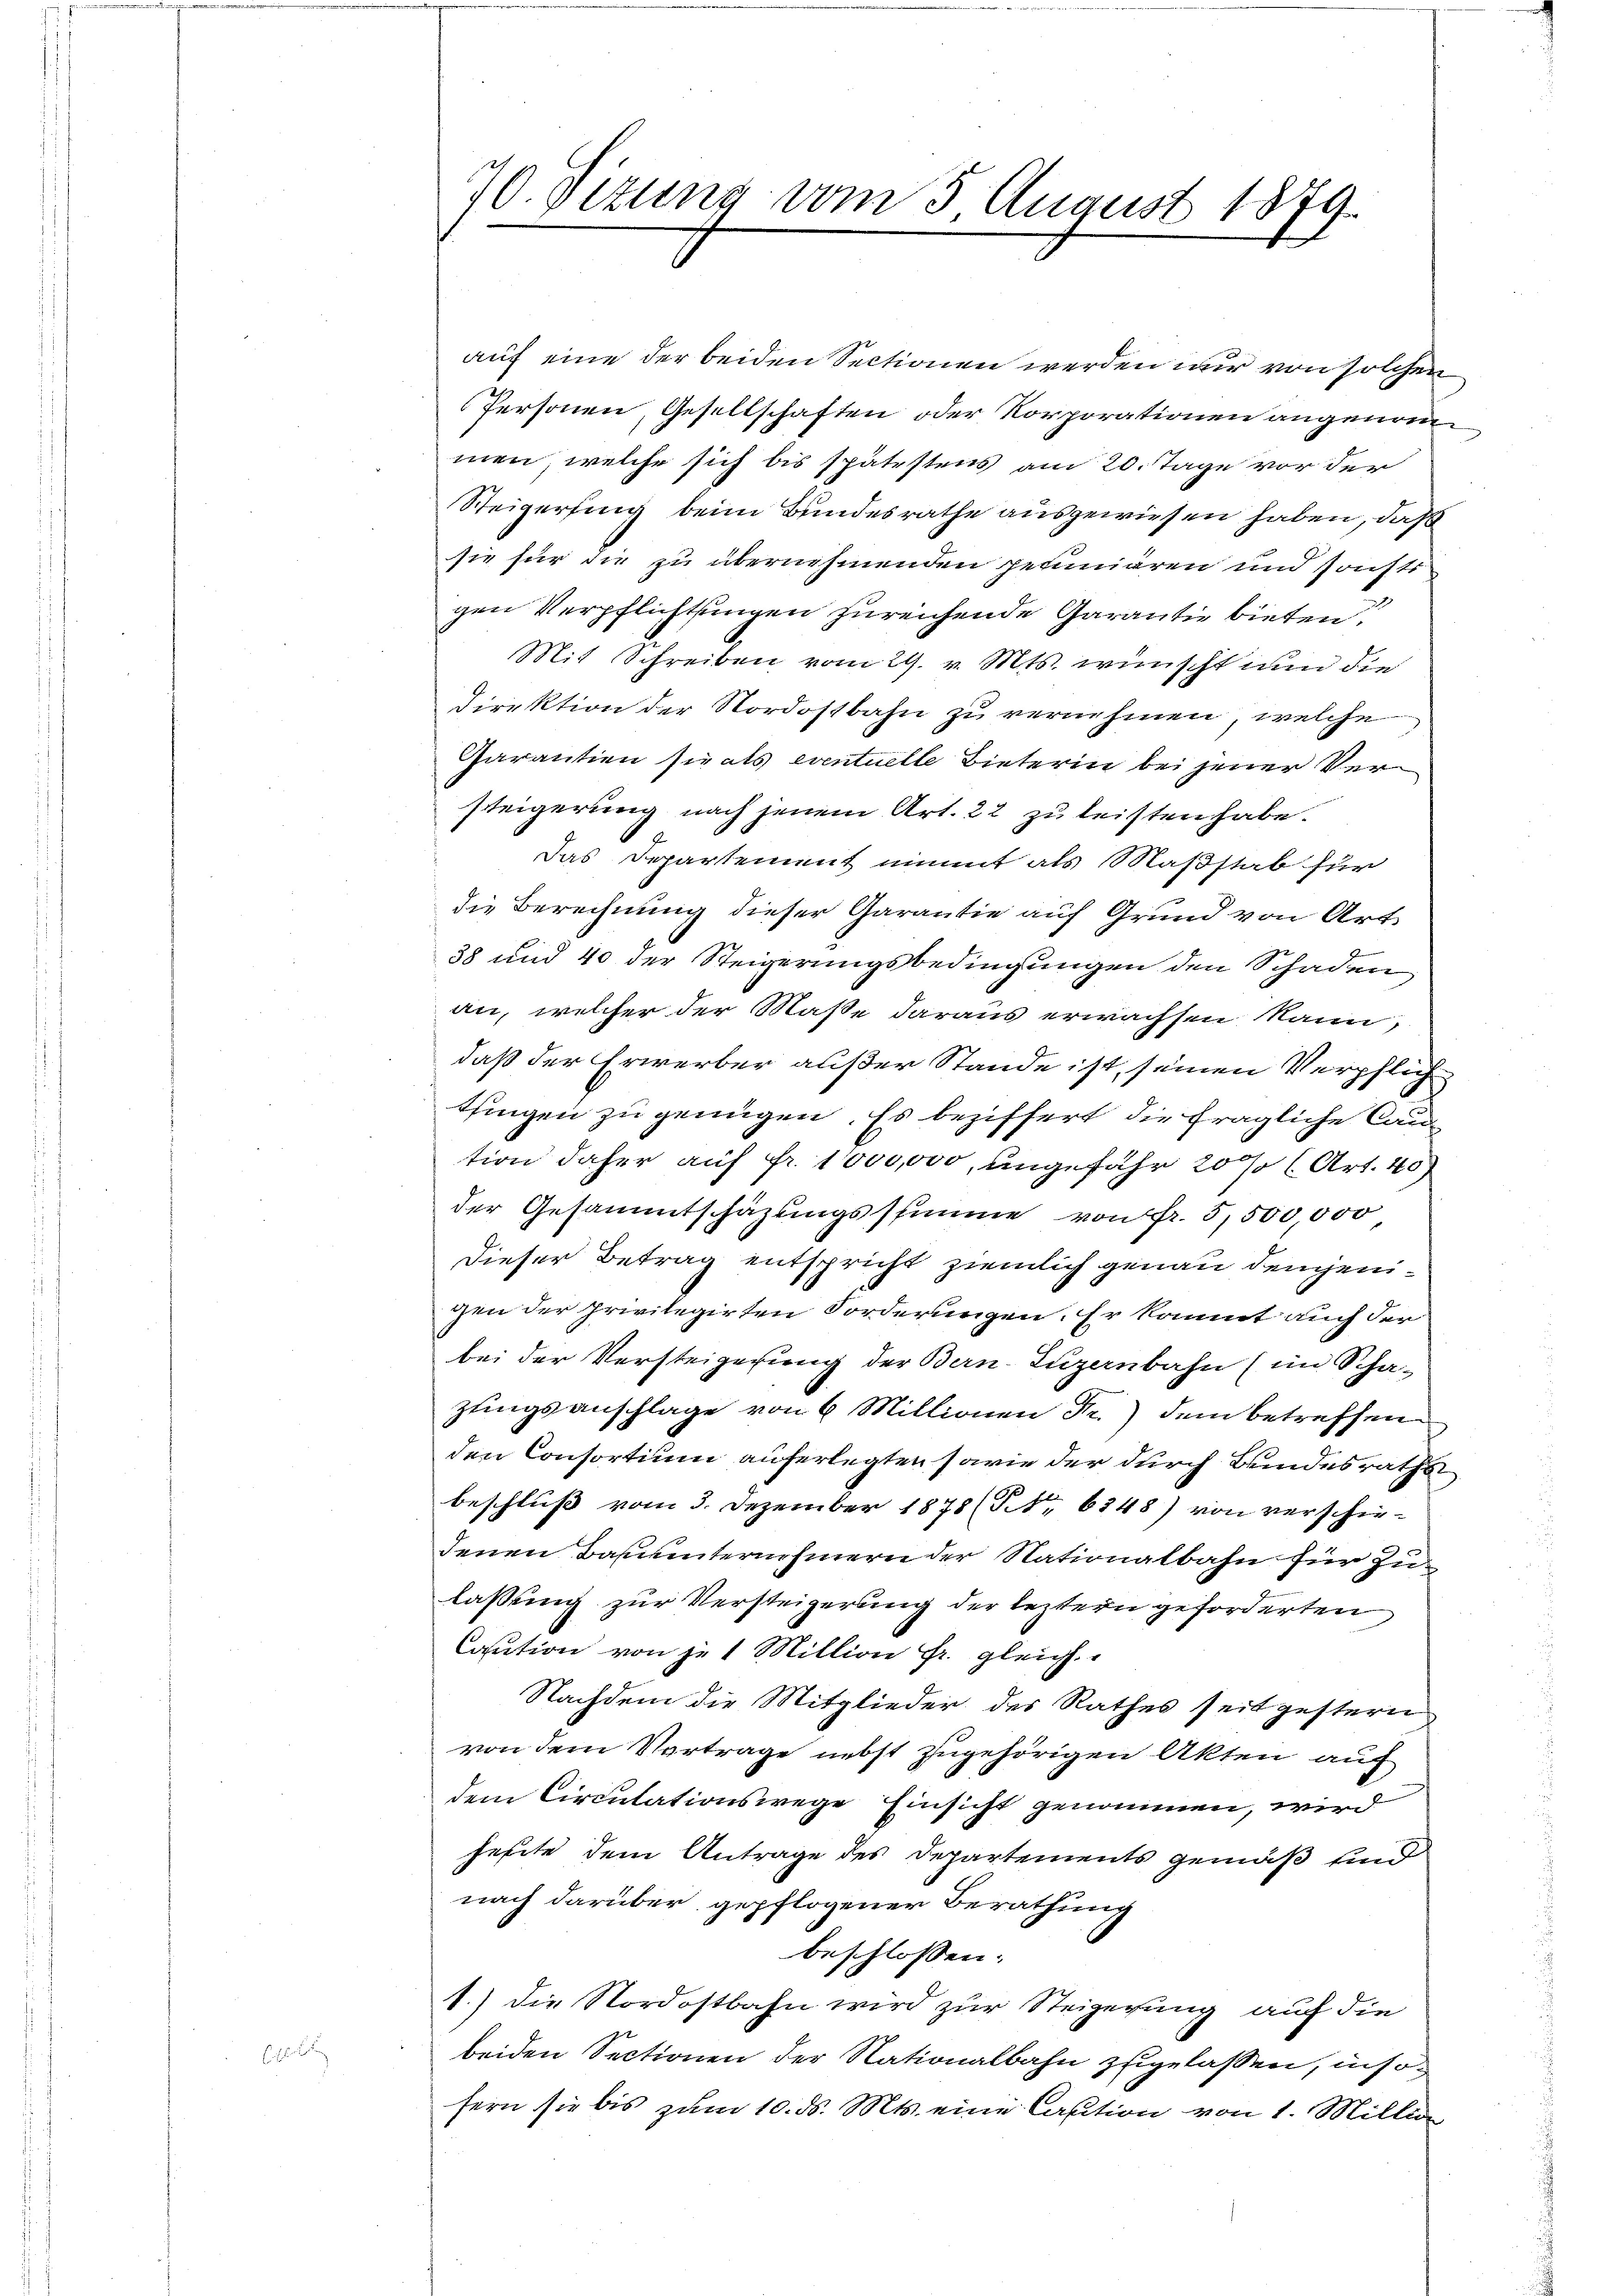
70. Vizung vom 3 August 1879.

auf eine der beiden Sectionen werden nur von solchen
Personen, Gesellschaften oder Korporationen angenomm
men, welche sich bis spätestens am 20. Tage vor der
Steigerling beim Bundesrathe ausgewiesen haben, daß
sie für die zu übernehmenden pecuniären und sonst
gen Verpflichtungen zureichende Garantie bieten.
Mit Schreiben vom 29. v. Mts. wünscht nun die
direktion der Nordostbahn zu vernehmen, welche
Garantien sie als eventuelle Bieterin bei jener Versteigerung nach jenem Art. 22 zu leisten habe.
Das Departement nimmt als Maßstab für
die Berechnung dieser Garantie auf Grund von Art.
S
38 und 40 der Steigerungsbedingungen den Schaden,
an, welcher der Maße daraus erwachsen kann,
daß der Erwerber außer Stande ist, seinen Verpflich
thingen zu genügen. Es beziffert die fragliche Caution daher auf Fr. 1000,000, ungefähr 20 % (Art. 40
der Gesammtschazungsstimme von Fr. 5,500,000
Dieser Betrag entspricht ziemlich genau demjenigen der privilegirten Forderungen. Er kannt auch der
bei der Versteigerung der Bern, Luzernbahn (im Scha-
zungsanschlage von 6 Millionen Fr.) dem betreffen
den Consortium auferlegten sowie der durch Bundesraths
beschluß vom 3. Dezember 1878 (Nr. 6348) von verschiedenen Bahnunternehmern der Nationalbahn für Zulassung zur Versteigerung der leztern geforderten
Caution von je 1 Million fr. gleich
Nachdem die Mitglieder des Rathes seit gestern
von dem Vortrage nebst zugehörigen Akten auf
dem Circulationswege Einsicht genommen, wird
feste dem Antrage des Departements gemäß sind
nach darüber gepflogener Berathung
beschlossen:
1.) Die Nordostbahn wird zur Steigerung auf die
beiden Sectionen der Nationalbahn zugelassen, insosern sie bis zum 10. ds. Mts. eine Caution von 1. Million